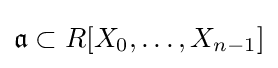
{\mathfrak {a}}\subset R[X_{0},\dotsc ,X_{n-1}]